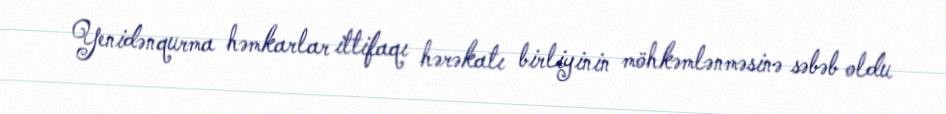
Yenidənqurma həmkarlar ittifaqı hərəkatı birliyinin möhkəmlənməsinə səbəb oldu